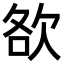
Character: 𣢷